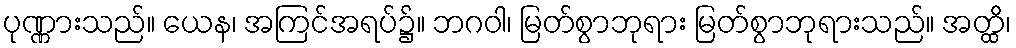
ပုဏ္ဏားသည်။ ယေန၊ အကြင်အရပ်၌။ ဘဂဝါ၊ မြတ်စွာဘုရား မြတ်စွာဘုရားသည်။ အတ္ထိ၊